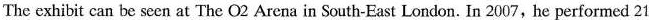
The exhibit can be seen at The O2 Arena in South-East London. In 2007, he performed 21